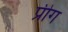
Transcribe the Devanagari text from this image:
प्रीग